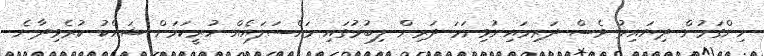
ހިންގަމުން ދިޔައިރު ވެސް ދަރިމައިނުވިނަމަ ދަރިން ލިބުމުގައި މައްސަލައެއް ހުރީކަމަށް ޝައްކު ކުރެވިދާނެ